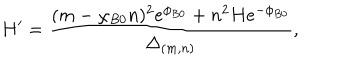
LaTeX: H ^ { \prime } = \frac { ( m - \chi _ { B 0 } n ) ^ { 2 } e ^ { \phi _ { B 0 } } + n ^ { 2 } H e ^ { - \phi _ { B 0 } } } { \Delta _ { ( m , n ) } } ,